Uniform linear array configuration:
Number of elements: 24
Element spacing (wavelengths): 1
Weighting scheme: hamming
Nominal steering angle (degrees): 45
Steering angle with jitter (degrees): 44.989
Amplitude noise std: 0.05
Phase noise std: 0.05

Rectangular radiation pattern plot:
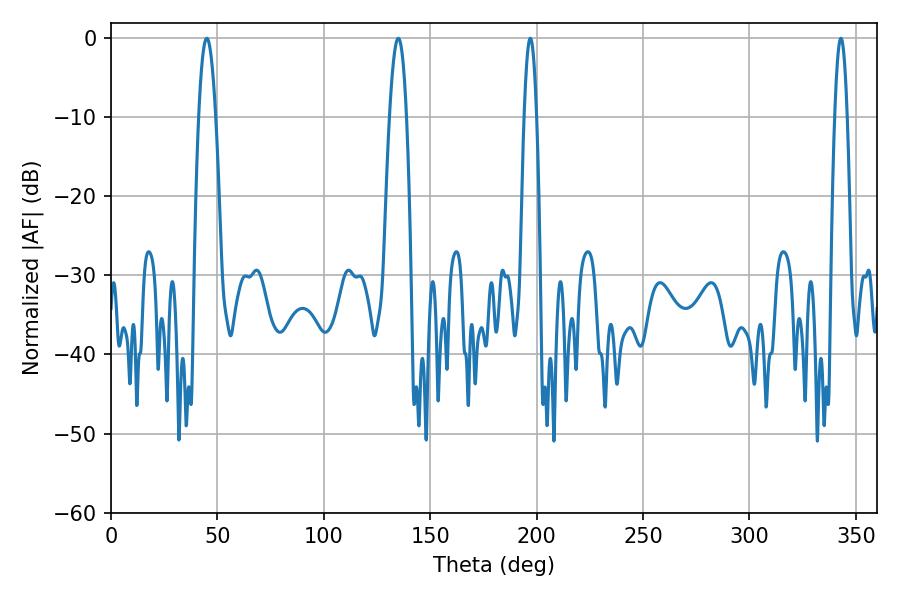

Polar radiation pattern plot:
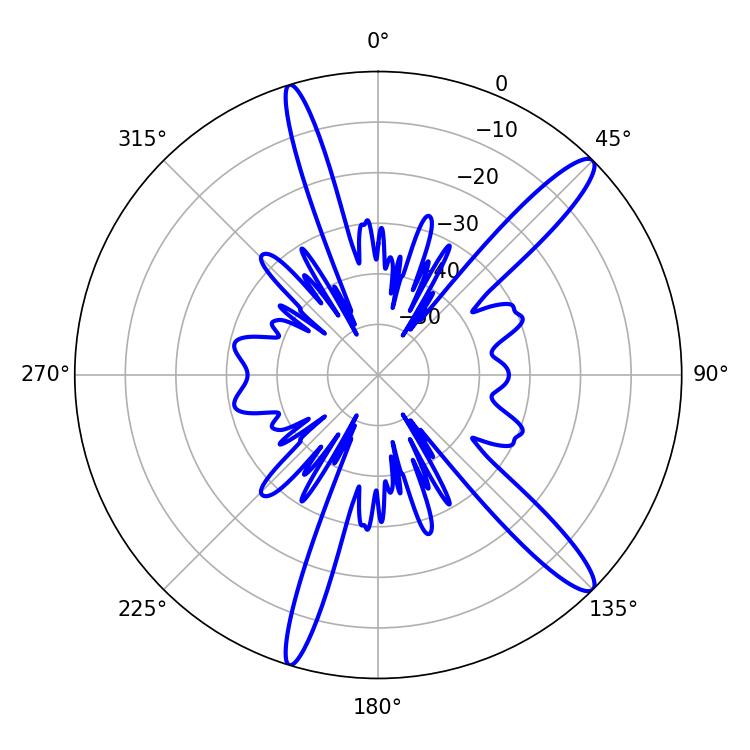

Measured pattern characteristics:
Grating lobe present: TRUE
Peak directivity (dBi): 13.882
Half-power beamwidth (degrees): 4.32
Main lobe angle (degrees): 45